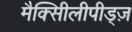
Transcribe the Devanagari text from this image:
मैक्सीिलीपीड्ज़